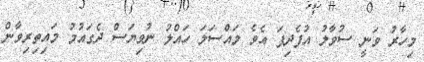
މިހާރު ވަނީ ސުވާލު އުފެދިފަ އެވެ މައްސަލަ ހައްލު ނުވިޔަސް ދެގައުމު މައިތިރިވާން